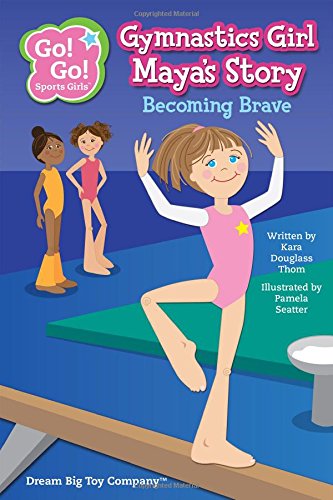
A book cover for Gymnastics Girl Maya's Story: Becoming Brave (Go! Go! Sports Girls); Kara Douglass Thom; Sports & Outdoors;